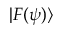
| F ( \psi ) \rangle